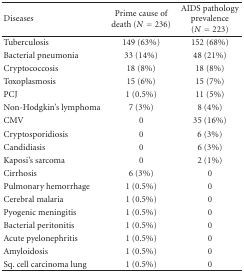
<table><thead><tr><td><b>Diseases</b></td><td><b>Prime cause of death (<i>N</i> = 236)</b></td><td><b>AIDS pathology prevalence (<i>N</i> = 223)</b></td></tr></thead><tbody><tr><td>Tuberculosis</td><td>149 (63%)</td><td>152 (68%)</td></tr><tr><td>Bacterial pneumonia</td><td>33 (14%)</td><td>48 (21%)</td></tr><tr><td>Cryptococcosis</td><td>18 (8%)</td><td>18 (8%)</td></tr><tr><td>Toxoplasmosis</td><td>15 (6%)</td><td>15 (7%)</td></tr><tr><td>PCJ</td><td>1 (0.5%)</td><td>11 (5%)</td></tr><tr><td>Non-Hodgkin&#x27;s lymphoma</td><td>7 (3%)</td><td>8 (4%)</td></tr><tr><td>CMV</td><td>0</td><td>35 (16%)</td></tr><tr><td>Cryptosporidiosis</td><td>0</td><td>6 (3%)</td></tr><tr><td>Candidiasis</td><td>0</td><td>6 (3%)</td></tr><tr><td>Kaposi&#x27;s sarcoma</td><td>0</td><td>2 (1%)</td></tr><tr><td>Cirrhosis</td><td>6 (3%)</td><td>0</td></tr><tr><td>Pulmonary hemorrhage</td><td>1 (0.5%)</td><td>0</td></tr><tr><td>Cerebral malaria</td><td>1 (0.5%)</td><td>0</td></tr><tr><td>Pyogenic meningitis</td><td>1 (0.5%)</td><td>0</td></tr><tr><td>Bacterial peritonitis</td><td>1 (0.5%)</td><td>0</td></tr><tr><td>Acute pyelonephritis</td><td>1 (0.5%)</td><td>0</td></tr><tr><td>Amyloidosis</td><td>1 (0.5%)</td><td>0</td></tr><tr><td>Sq. cell carcinoma lung</td><td>1 (0.5%)</td><td>0</td></tr></tbody></table>